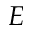
E